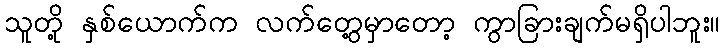
သူတို့ နှစ်ယောက်က လက်တွေ့မှာတော့ ကွာခြားချက်မရှိပါဘူး။